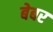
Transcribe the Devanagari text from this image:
बेबर